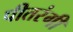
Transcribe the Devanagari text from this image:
पीतरंगी